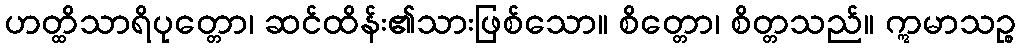
ဟတ္ထိသာရိပုတ္တော၊ ဆင်ထိန်း၏သားဖြစ်သော။ စိတ္တော၊ စိတ္တသည်။ ဣမာသဉ္စ